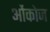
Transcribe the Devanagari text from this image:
ओंकोज